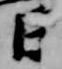
日